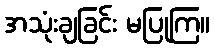
အသုံးချခြင်း မပြုကြ။